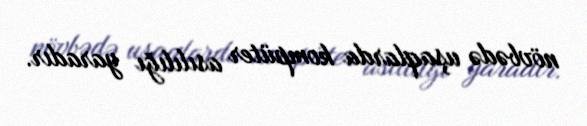
növbədə uşaqlarda kompüter asılılığı yaradır.